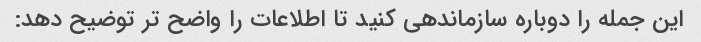
این جمله را دوباره سازماندهی کنید تا اطلاعات را واضح تر توضیح دهد: